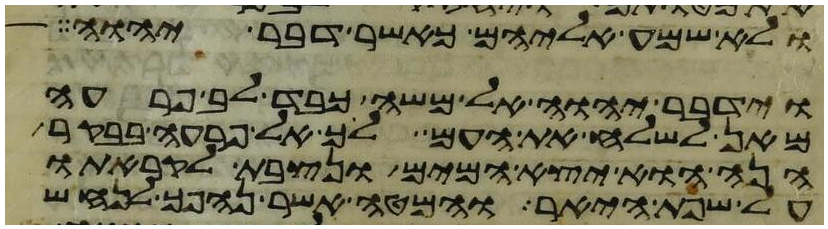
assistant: ולא שמע אליהם כאשר דבר יהוה
וידבר יהוה אל משה כבד לב פרעה
מאן לשלח את העם לך אל פרעה בבקר
הנה הוא יצא המים ונצבת לקראתו
על שפת היאר והמטה אשר נהפך לנחש